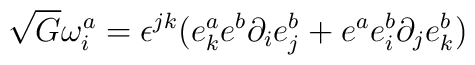
\sqrt{G} \omega^a_i = \epsilon^{jk} (e^a_k e^b \partial_i e^b_j  + e^a e^b_i \partial_j e^b_k)